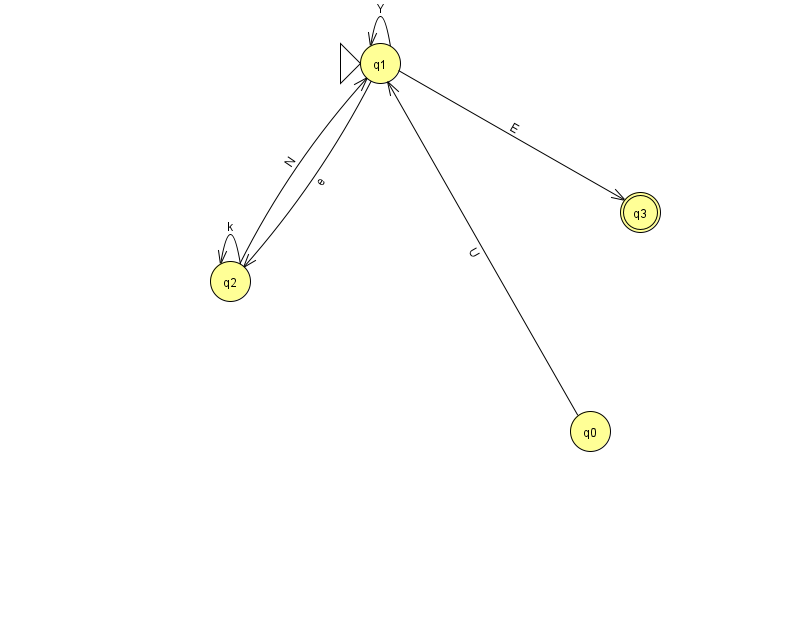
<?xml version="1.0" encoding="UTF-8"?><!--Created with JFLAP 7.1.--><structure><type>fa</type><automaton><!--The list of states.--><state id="0" name="q0"><x>590.0</x><y>418.0</y></state><state id="1" name="q1"><x>380.0</x><y>50.0</y><initial/></state><state id="2" name="q2"><x>230.0</x><y>268.0</y></state><state id="3" name="q3"><x>640.0</x><y>199.0</y><final/></state><!--The list of transitions.--><transition><from>1</from><to>3</to><read>E</read></transition><transition><from>1</from><to>2</to><read>e</read></transition><transition><from>1</from><to>1</to><read>Y</read></transition><transition><from>0</from><to>1</to><read>U</read></transition><transition><from>2</from><to>2</to><read>k</read></transition><transition><from>2</from><to>1</to><read>N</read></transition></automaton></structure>